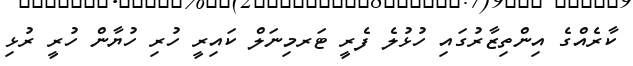
ކާރެއްގެ އިންތިޒާރުގައި ހުޅުލެ ފެރީ ޓަރމިނަލް ކައިރީ ހުރި ހުޔާން ހުރީ ރުޅި